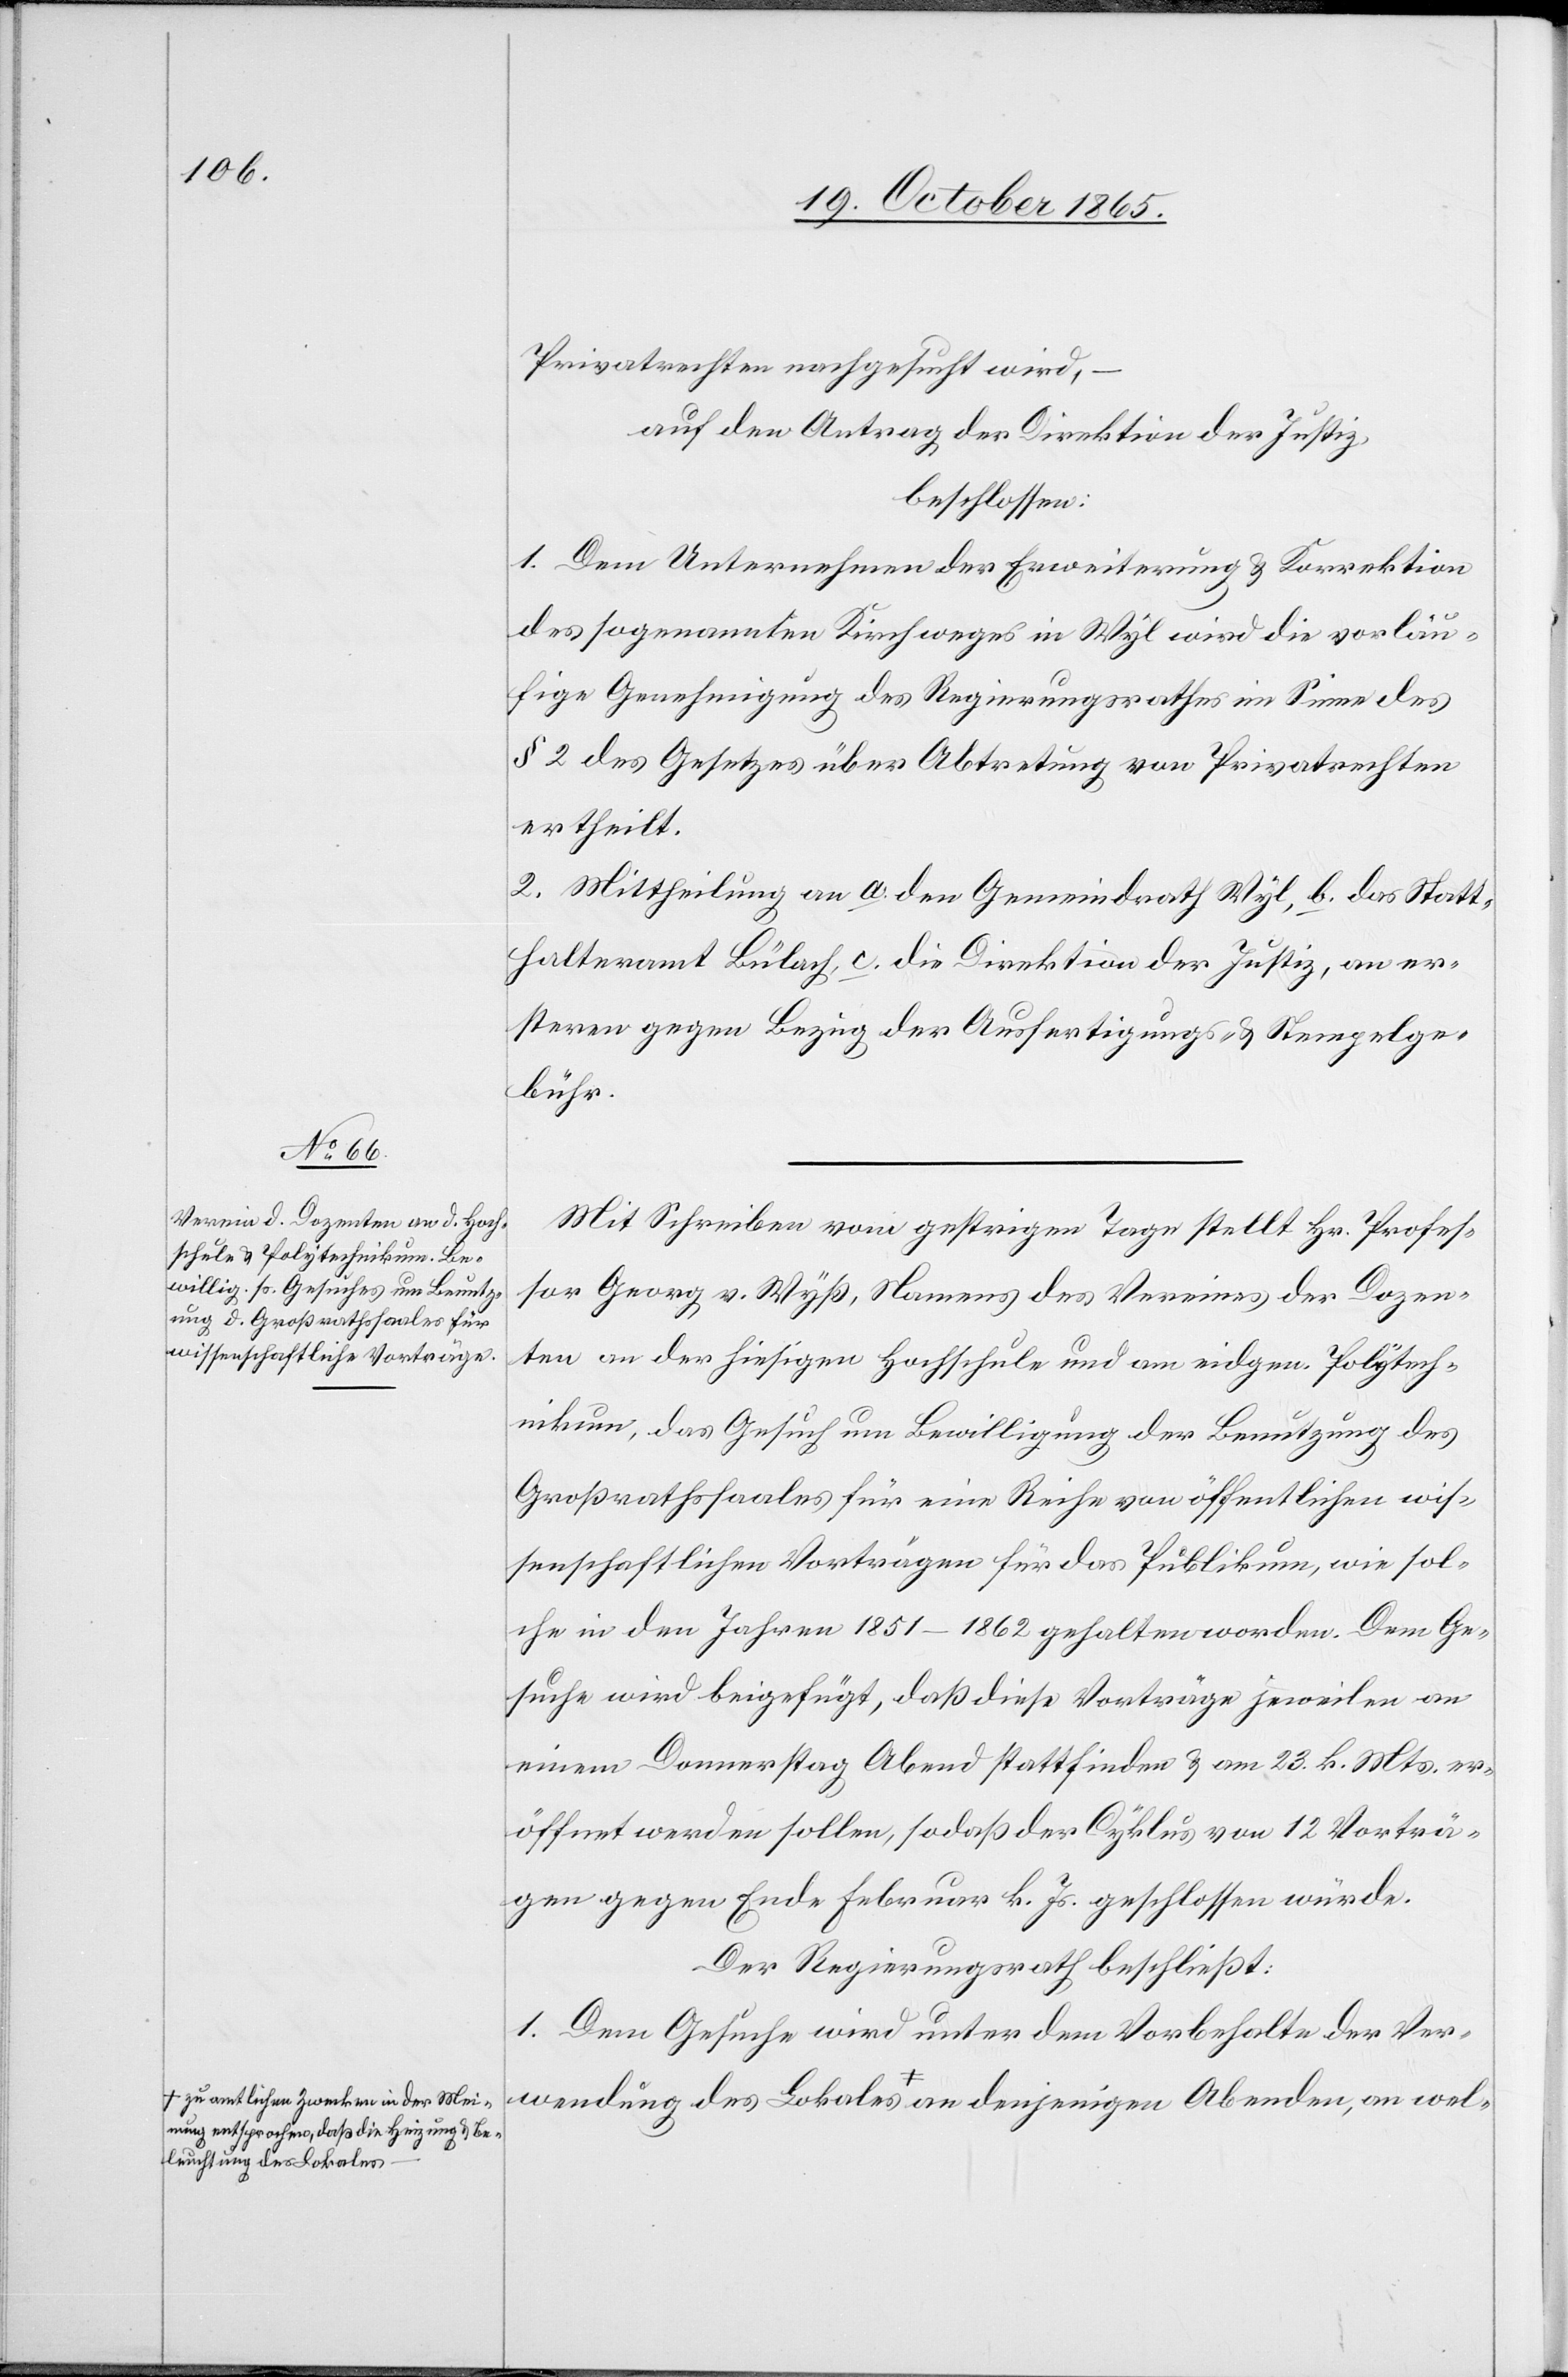
Meinung entsprochen, daß die Heizung & Be¬
leuchtung des Lokales-a

Privatrechten nachgesucht wird, –
auf den Antrag der Direktion der Justiz,
beschlossen:
1. Dem Unternehmen der Erweiterung & Korrektion
des sogenannten Kirchweges in Wyl wird die vorläu¬
fige Genehmigung des Regierungsrathes im Sinne des
§ 2 des Gesetzes über Abtretung von Privatrechten
ertheilt.
2. Mittheilung an a. den Gemeindrath Wyl, b. das Statt¬
halteramt Bülach, c. die Direktion der Justiz, an er¬
stere gegen Bezug der Ausfertigungs- & Stempelge¬
bühr.
Mit Schreiben vom gestrigen Tage stellt Hr. Profes¬
sor Georg v. Wyß, Namens des Vereines der Dozen¬
ten an der hiesigen Hochschule und am eidgen. Polytech¬
nikum, das Gesuch um Bewilligung der Benutzung des
Großrathssaales für eine Reihe von öffentlichen wis¬
senschaftlichen Vorträgen für das Publikum, wie sol¬
che in den Jahren 1851–1862 gehalten worden. Dem Ge¬
suche wird beigefügt, daß diese Vorträge jeweilen an
einem Donnerstag Abend stattfinden & am 23. k. Mts. er¬
öffnet werden sollen, sodaß der Cyklus von 12 Vorträ¬
gen gegen Ende Februar k. Js. geschlossen würde.
Der Regierungsrath beschließt:
1. Dem Gesuche wird unter dem Vorbehalte der Ver¬
wendung des Lokales a-zu amtlichen Zwecken in der